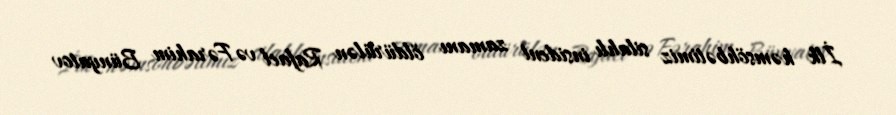
İlk həmsöhbətimiz silahlı insident zamanı öldürülən Rafael və Fərahim Bünyatov